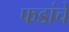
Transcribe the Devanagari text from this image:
फडांचे